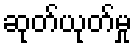
ဆုတ်ယုတ်မှု